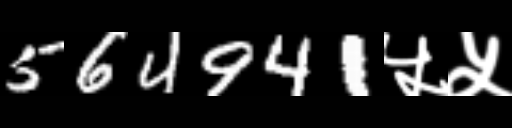
Text: 564941५५